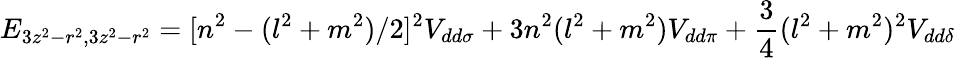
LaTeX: E_{3z^{2}-r^{2},3z^{2}-r^{2}}=[n^{2}-(l^{2}+m^{2})/2]^{2}V_{dd\sigma}+3n^{2}(l^{2}+m^{2})V_{dd\pi}+{\frac{3}{4}}(l^{2}+m^{2})^{2}V_{dd\delta}